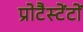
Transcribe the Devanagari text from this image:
प्रोटैस्टेंटों